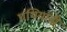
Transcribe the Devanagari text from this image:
पंथियांनी